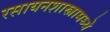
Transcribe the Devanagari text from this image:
रसायनशास्त्रामध्ये